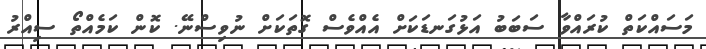
މަސައްކަތް ކުރައްވާ ސަބަބު އަޅުގަނޑަަކަށް އެއްވެސް ގޮތަކަށް ނުވިސްނޭ. ކޮން ކަމެއްތޯ ސިއްރު